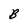
Character: B